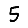
Digit: 5